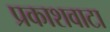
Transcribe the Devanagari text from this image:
प्रकाशवाटा